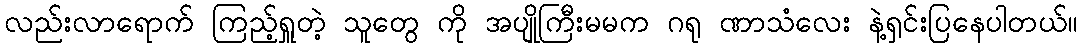
လည်းလာရောက် ကြည့်ရှူတဲ့ သူတွေ ကို အပျိုကြီးမမက ဂရု ဏာသံလေး နဲ့ရှင်းပြနေပါတယ်။